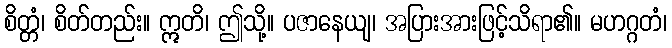
စိတ္တံ၊ စိတ်တည်း။ ဣတိ၊ ဤသို့။ ပဇာနေယျ၊ အပြားအားဖြင့်သိရာ၏။ မဟဂ္ဂတံ၊